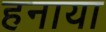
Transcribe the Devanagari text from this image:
हनाया